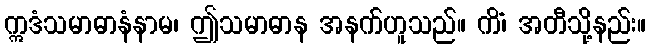
ဣဒံသမာဓာနံနာမ၊ ဤသမာဓာန အနက်ဟူသည်။ ကိံ၊ အတီသို့နည်း။